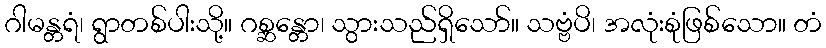
ဂါမန္တရံ၊ ရွာတစ်ပါးသို့။ ဂစ္ဆန္တော၊ သွားသည်ရှိသော်။ သဗ္ဗံပိ၊ အလုံးစုံဖြစ်သော။ တံ